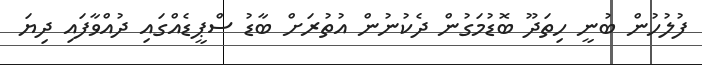
ފުލުހުން ބުނީ ހިތަދޫ ބޮޑުމަގުން ދެކުނުން އުތުރަށް ބާޑު ސްޕީޑެއްގައި ދުއްވާފައި ދިޔަ